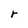
Character: r